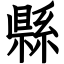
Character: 縣